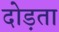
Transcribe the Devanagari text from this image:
दोड़ता